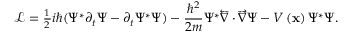
\mathcal { L } = \frac { _ 1 } { ^ 2 } i \hbar ( \Psi ^ { * } \partial _ { t } \Psi - \partial _ { t } \Psi ^ { * } \Psi ) - \frac { \hbar ^ { 2 } } { 2 m } \Psi ^ { * } \overleftarrow { \nabla } \cdot \overrightarrow { \nabla } \Psi - V \left( \mathbf { x } \right) \Psi ^ { * } \Psi .